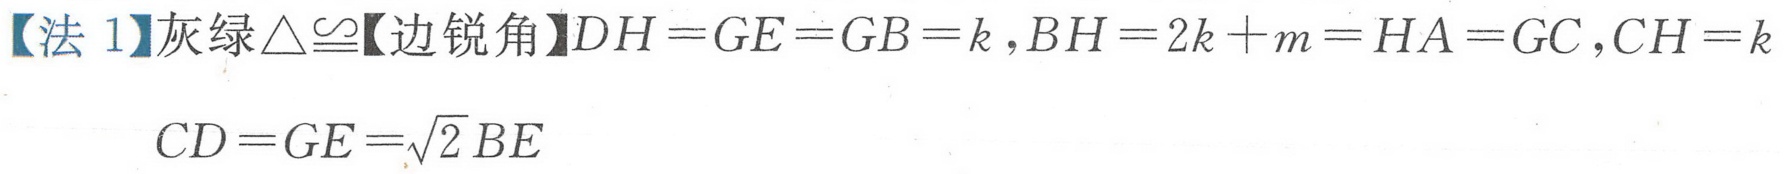
【法 1】灰绿\(\triangle\cong\)【边锐角】\(DH = GE = GB = k\)，\(BH = 2k + m = HA = GC\)，\(CH = k\)
\(CD = GE=\sqrt{2}BE\)